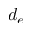
d _ { e }